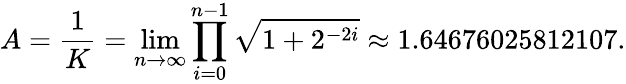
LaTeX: A={\frac{1}{K}}=\operatorname*{lim}_{n\to\infty}\prod_{i=0}^{n-1}{\sqrt{1+2^{-2i}}}\approx 1.64676025812107.